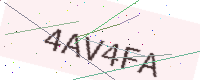
Text: 4AV4FA